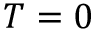
T = 0